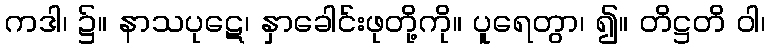
ကဒါ၊ ၌။ နာသပုဋေ၊ နှာခေါင်းဖုတို့ကို။ ပူရေတွာ၊ ၍။ တိဋ္ဌတိ ဝါ၊